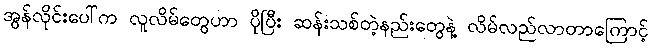
အွန်လိုင်းပေါ်က လူလိမ်တွေဟာ ပိုပြီး ဆန်းသစ်တဲ့နည်းတွေနဲ့ လိမ်လည်လာတာကြောင့်